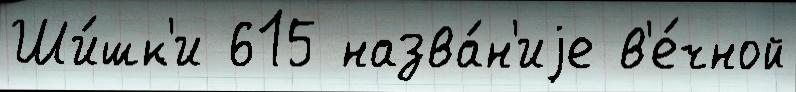
Ши́шк'и 615 назва́н'иjе в'е́чной